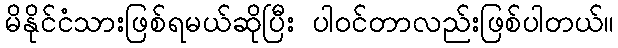
မိနိုင်ငံသားဖြစ်ရမယ်ဆိုပြီး ပါဝင်တာလည်းဖြစ်ပါတယ်။